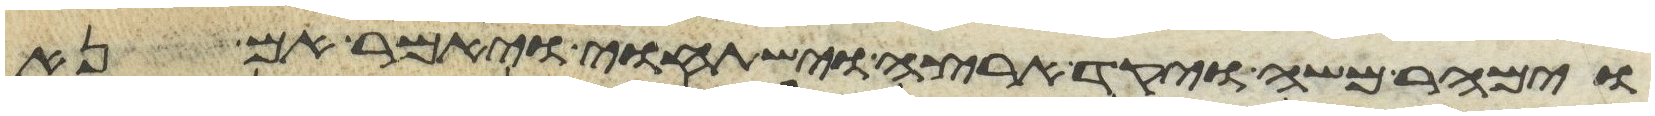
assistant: וימהר משה ויקד ארצה וישתחוי ויאמר אם נא